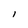
Character: l